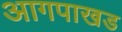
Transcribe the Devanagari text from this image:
आगपाखड